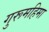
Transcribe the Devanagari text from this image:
गुरूमहिमा